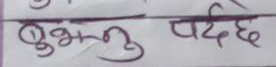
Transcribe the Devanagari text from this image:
बुझ्नु पर्दछ